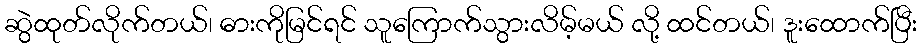
ဆွဲထုတ်လိုက်တယ်၊ ဓားကိုမြင်ရင် သူကြောက်သွားလိမ့်မယ် လို့ ထင်တယ်၊ ဒူးထောက်ပြီး